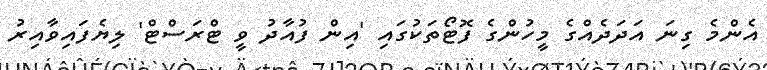
އެންމެ ގިނަ އަދަދެއްގެ މީހުންގެ ފޮޓޯތަކުގައި 'އިން ފުއާދު ވީ ޓްރަސްޓް' ލިޔެފައިވާއިރު